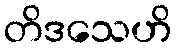
တိဒသေဟိ